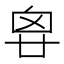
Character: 𠂺